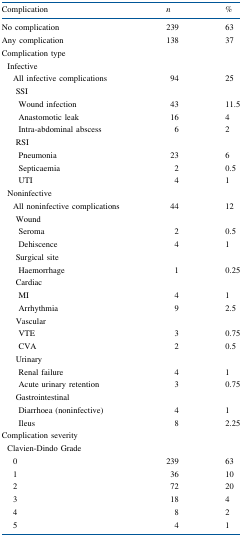
| Complication | n | % |
 | --- | --- | --- |
 | No complication | 239 | 63 |
 | Any complication | 138 | 37 |
 | <COLSPAN=3> Complication type |
 | <COLSPAN=3> Infective |
 | All infective complications | 94 | 25 |
 | <COLSPAN=3> SSI |
 | Wound infection | 43 | 11.5 |
 | Anastomotic leak | 16 | 4 |
 | Intra-abdominal abscess | 6 | 2 |
 | <COLSPAN=3> RSI |
 | Pneumonia | 23 | 6 |
 | Septicaemia | 2 | 0.5 |
 | UTI | 4 | 1 |
 | <COLSPAN=3> Noninfective |
 | All noninfective complications | 44 | 12 |
 | <COLSPAN=3> Wound |
 | Seroma | 2 | 0.5 |
 | Dehiscence | 4 | 1 |
 | <COLSPAN=3> Surgical site |
 | Haemorrhage | 1 | 0.25 |
 | <COLSPAN=3> Cardiac |
 | MI | 4 | 1 |
 | Arrhythmia | 9 | 2.5 |
 | <COLSPAN=3> Vascular |
 | VTE | 3 | 0.75 |
 | CVA | 2 | 0.5 |
 | <COLSPAN=3> Urinary |
 | Renal failure | 4 | 1 |
 | Acute urinary retention | 3 | 0.75 |
 | <COLSPAN=3> Gastrointestinal |
 | Diarrhoea (noninfective) | 4 | 1 |
 | Ileus | 8 | 2.25 |
 | <COLSPAN=3> Complication severity |
 | <COLSPAN=3> Clavien-Dindo Grade |
 | 0 | 239 | 63 |
 | 1 | 36 | 10 |
 | 2 | 72 | 20 |
 | 3 | 18 | 4 |
 | 4 | 8 | 2 |
 | 5 | 4 | 1 |